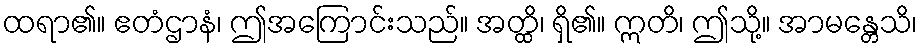
ထရာ၏။ ဧတံဌာနံ၊ ဤအကြောင်းသည်။ အတ္ထိ၊ ရှိ၏။ ဣတိ၊ ဤသို့။ အာမန္တေသိ၊